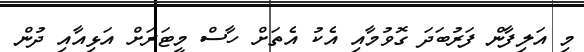
މި އަލިފާން ފަރުބަދަ ގޮވުމާއި އެކު އެތަށް ހާސް މީޓަރަށް އަޅިއާއި ދުން